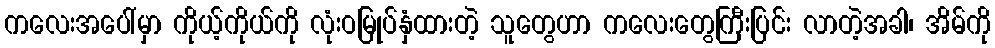
ကလေးအပေါ်မှာ ကိုယ့်ကိုယ်ကို လုံးဝမြုပ်နှံထားတဲ့ သူတွေဟာ ကလေးတွေကြီးပြင်း လာတဲ့အခါ၊ အိမ်ကို